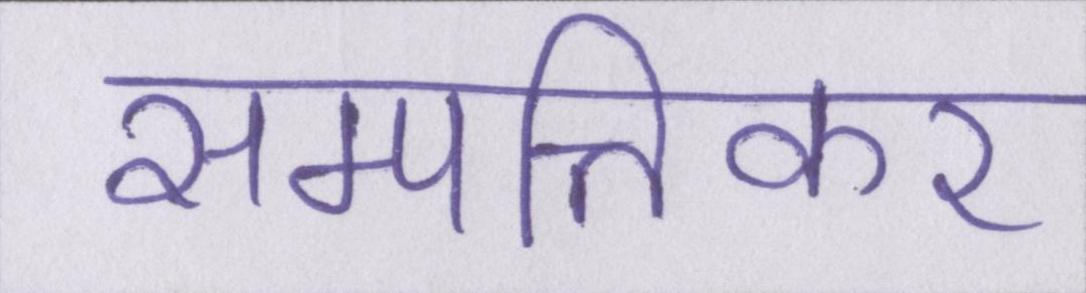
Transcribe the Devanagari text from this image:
सम्पत्तिकर